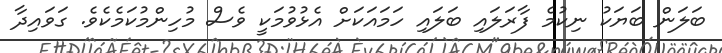
ބަލަން ބަޔަކު ނިކުމެ ފާރަލައި ބަލައި ހަމައަކަށް އެޅުވުމަކީ ވެސް މުހިންމުކަމެކެވެ. ގަވައިދާ